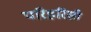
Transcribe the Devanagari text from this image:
परिहरिसी